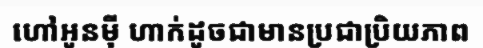
ហៅអូនម៉ី ហាក់ដូចជាមានប្រជាប្រិយភាព